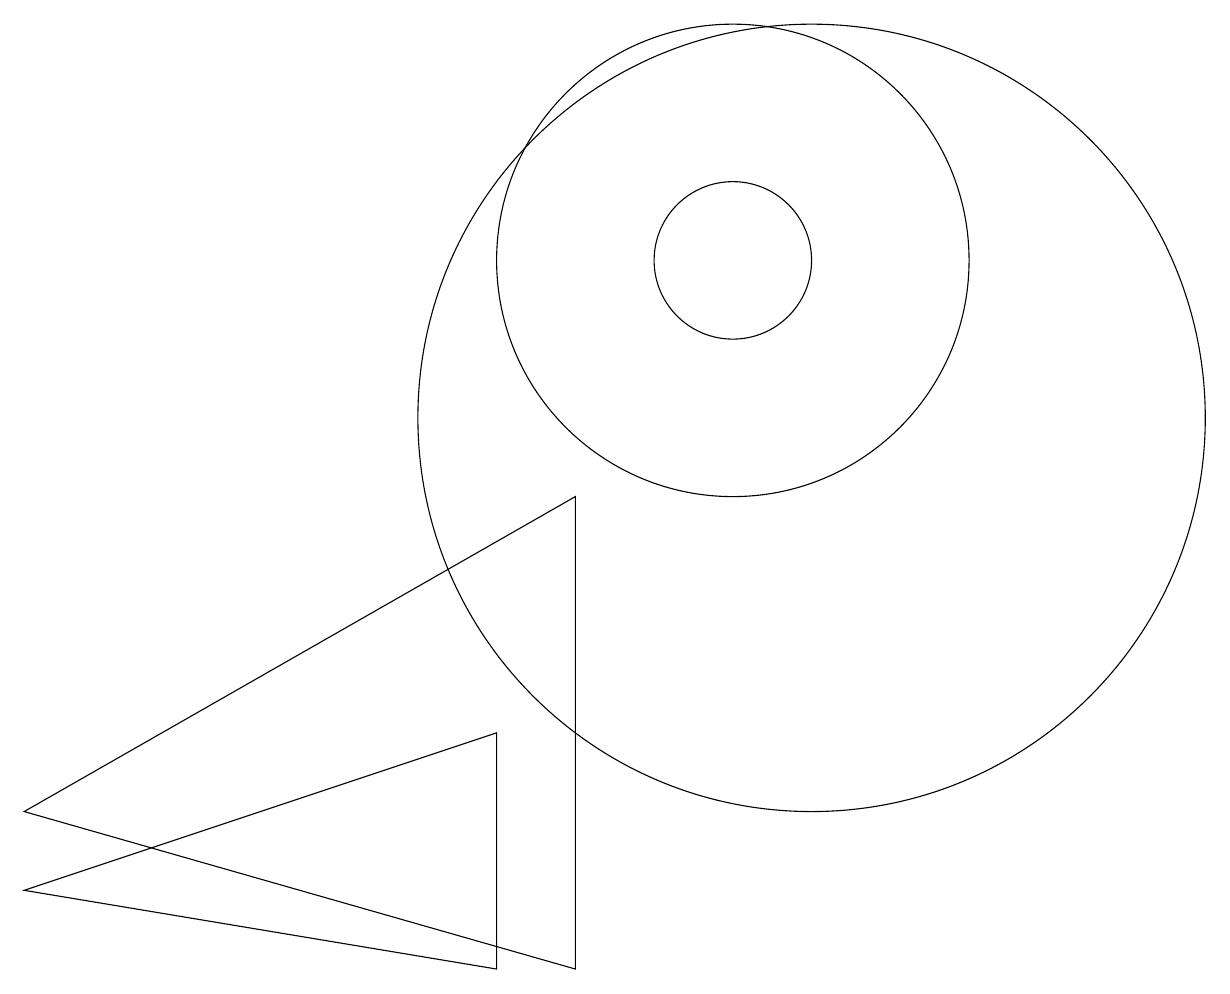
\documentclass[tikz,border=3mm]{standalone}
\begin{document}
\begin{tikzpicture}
\draw (9,3) -- (9,9) -- (2,5) -- cycle;
\draw (12,10) circle (5);
\draw (11,12) circle (1);
\draw (2,4) -- (8,6) -- (8,3) -- cycle;
\draw (11,12) circle (3);
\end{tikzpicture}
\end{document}